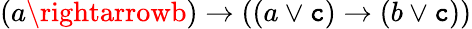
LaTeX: (a\rightarrowb)\rightarrow((a\lor\mathtt{c})\rightarrow(b\lor\mathtt{c}))